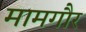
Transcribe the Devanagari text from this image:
मामगौर